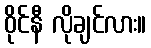
ဝိုင်နီ လိုချင်လား။